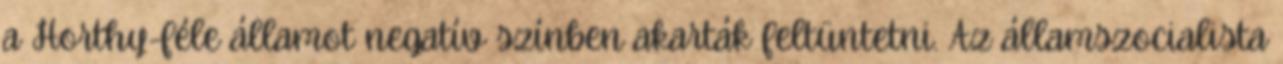
a Horthy-féle államot negatív színben akarták feltüntetni. Az államszocialista